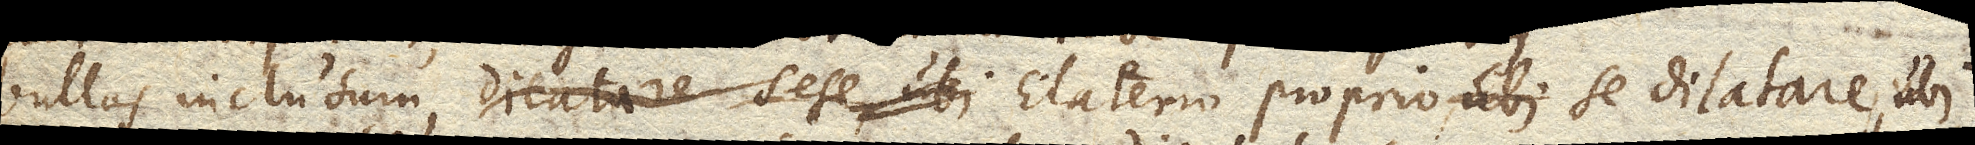
bullas inclusum, Elaterio proprio se dilatare, ubi